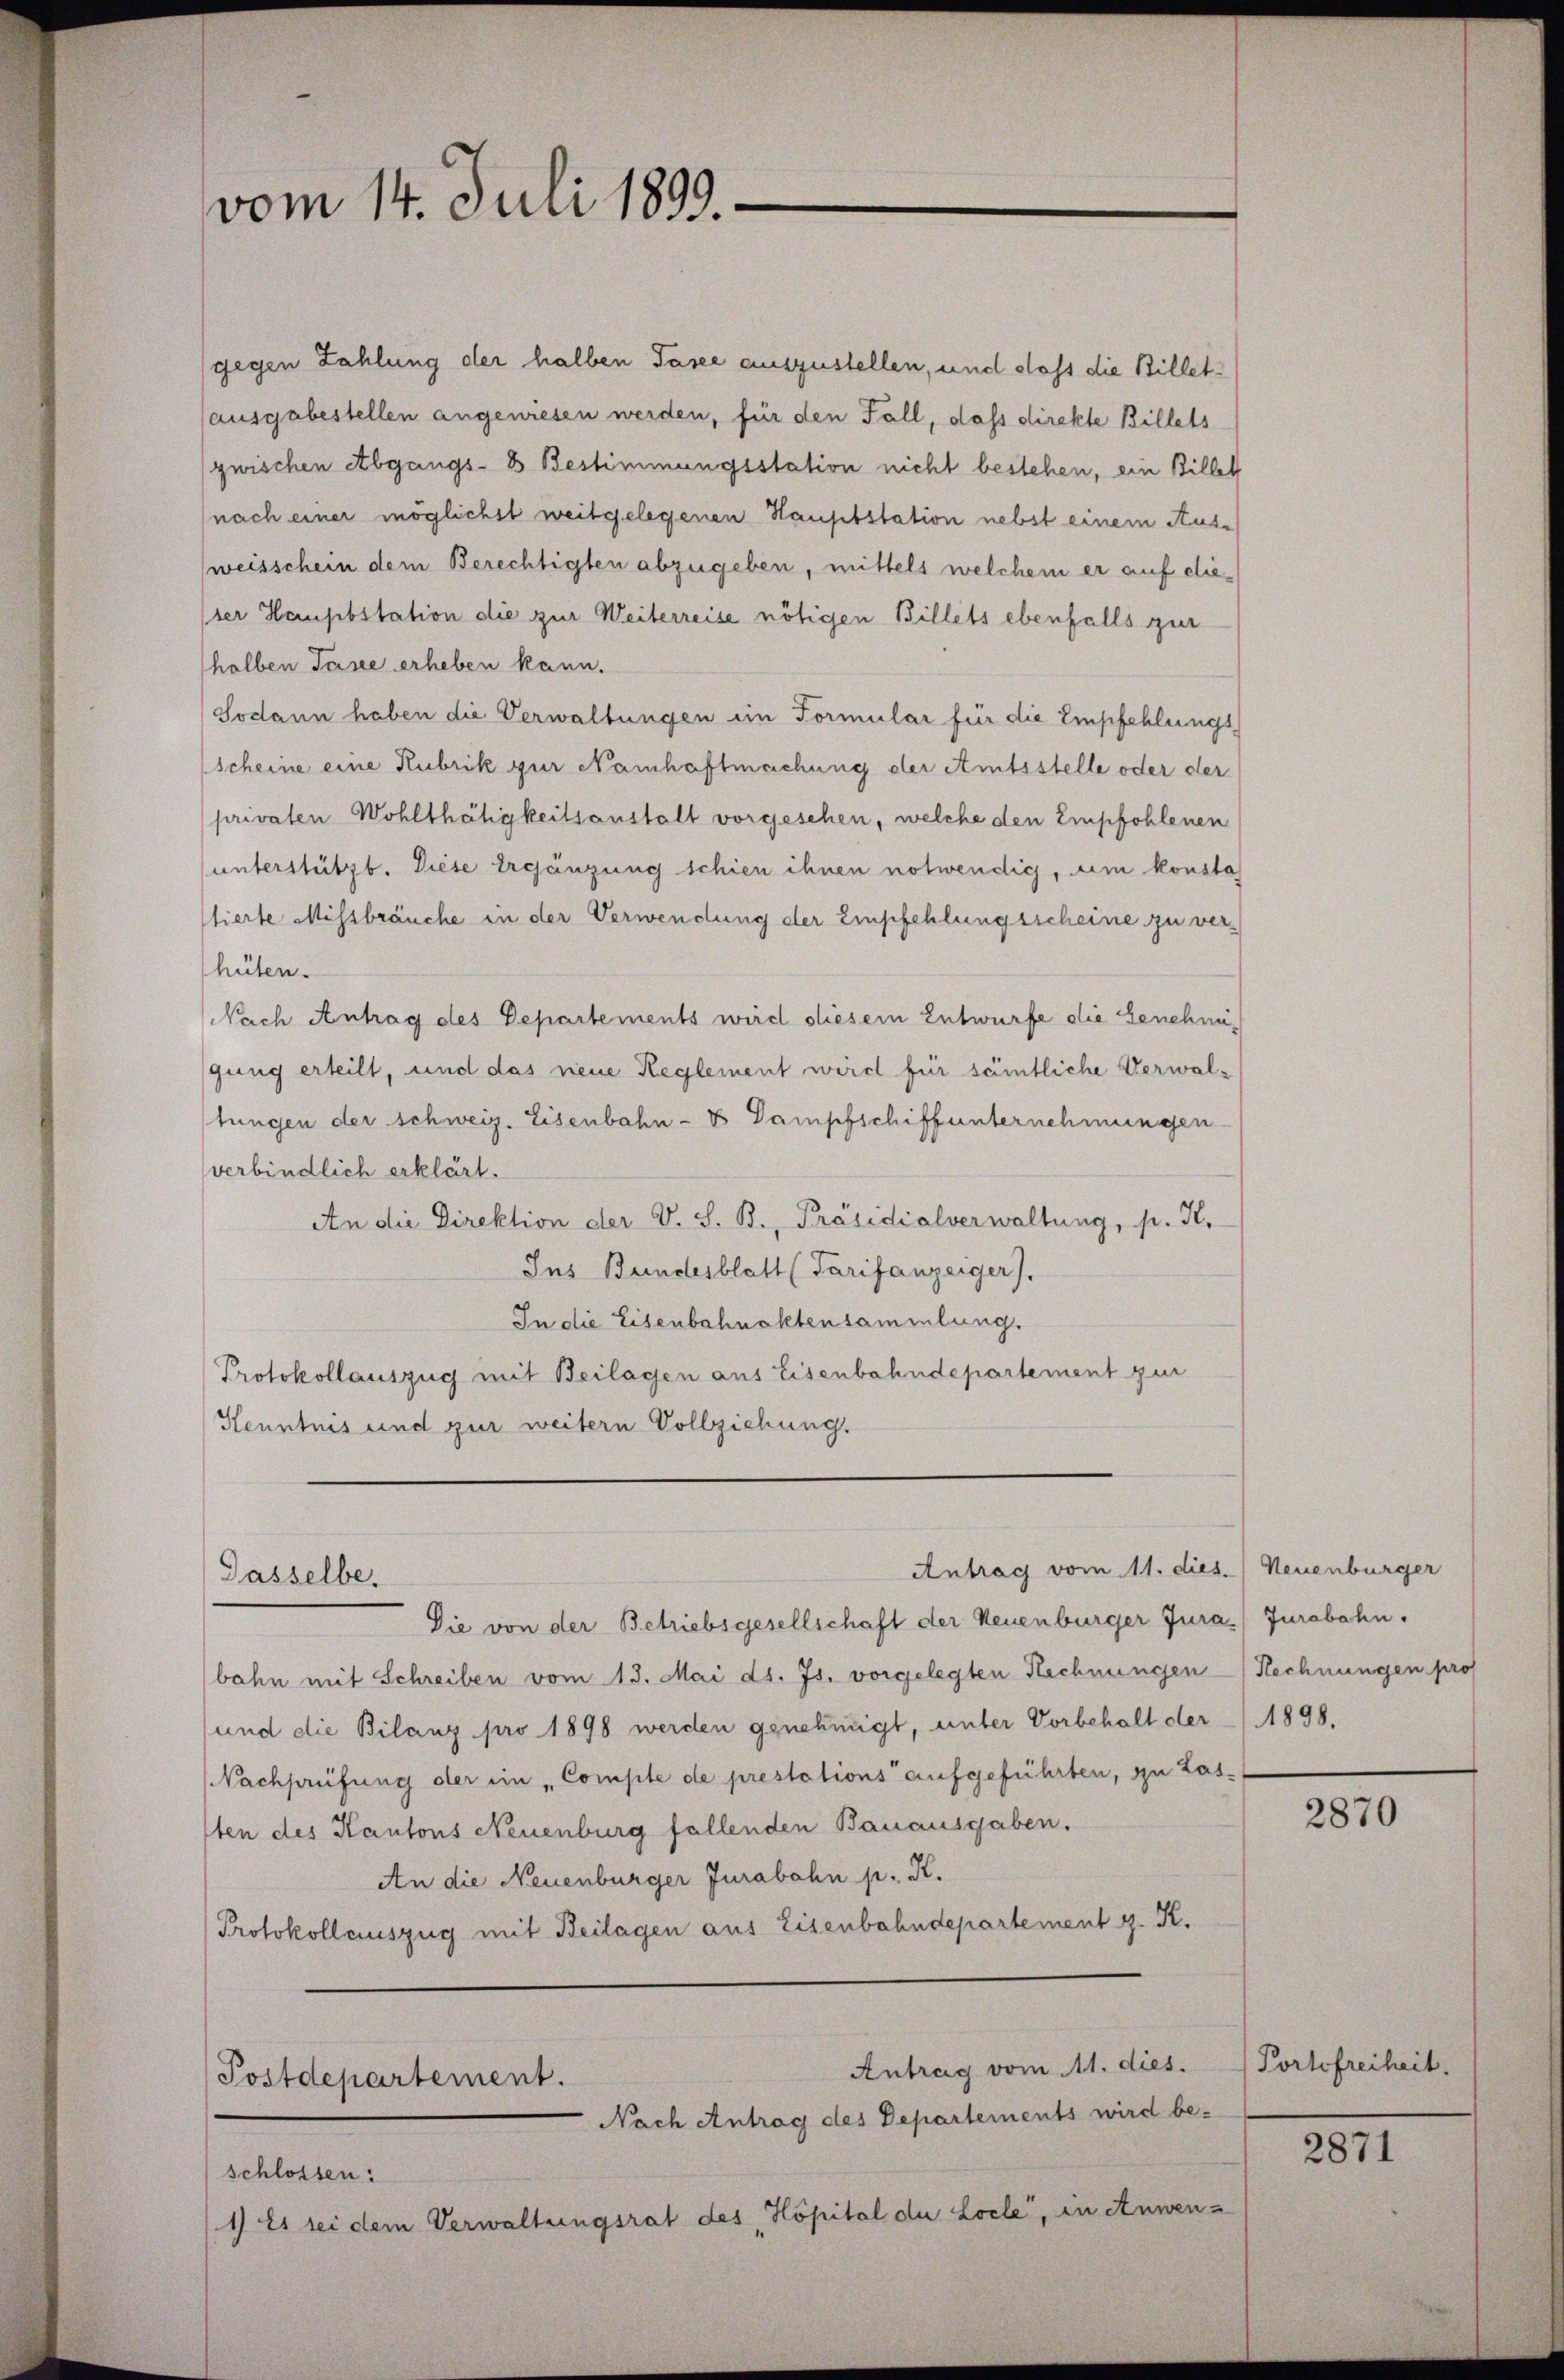
vom 14. Juli 1899.

gegen Zahlung der halben Tasee auszustellen, und dass die Billet¬
(ausgabestellen angewiesen werden, für den Fall, dass direkte Billets
zwischen Abgangs- & Bestimmungsstation nicht bestehen, ein Billet
(nach einer möglichst weitgelegenen Hauptstation nebst einem Aus-
(weisschein dem Berechtigten abzugeben, mittels welchem er auf die¬
(ser Hauptstation die zur Weiterreise nötigen Billets ebenfalls zur
halben Taxe erheben kann.
(Sodann haben die Verwaltungen im Formular für die Empfehlungsscheine eine Rubrik zur Namhaftmachung der Amtsstelle oder der
privaten Wohlthätigkeitsanstalt vorgesehen, welche den Empfohlenen
unterstützt. Diese Ergänzung schien ihnen notwendig, um konsta
stierte Missbräuche in der Verwendung der Empfehlungsscheine zu verhüten.
Nach Antrag des Departements wird diesem Entwurfe die Genehmigung erteilt, und das neue Reglement wird für sämtliche Verwal-
tungen der schweiz. Eisenbahn- & Dampfschiffunternehmungen
verbindlich erklärt.
An die Direktion der V. S. B., Präsidialverwaltung, p. K.
Jus Bundesblatt (Tarifanzeiger).
In die Eisenbahnaktensammlung.
Protokollauszug mit Beilagen aus Eisenbahndepartement zur
Kenntnis und zur weitern Vollziehung.
Antrag vom 11. dies. Neuenburger
Gasselbe.
Die von der Betriebsgesellschaft der Neuenburger Jura, Jurabahn.
bahn mit Schreiben vom 13. Mai d. Js. vorgelegten Rechnungen Rechnungen pro
(und die Bilanz pro 1898 werden genehmigt, unter Vorbehalt der 1898.
Nachprüfung der ein „Comple de prestations aufgeführten, zu Las-
ten des Kantons Neuenburg fallenden Bauausgaben.
An die Neuenburger Jurabahn p. K.
Protokollauszug mit Beilagen aus Eisenbahndepartement g. K.
Antrag vom 11. dies.   Portofreiheit.
Postdepartement.
Nach Antrag des Departements wird be-
schlossen:
1) Es sei dem Verwaltungsrat des Köpital du Locle, in Anwen¬

2870

2871